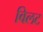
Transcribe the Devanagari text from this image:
विलट